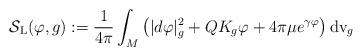
LaTeX: \begin{align*}\mathcal{S}_{\rm L}( \varphi,g):=\frac{1}{4\pi}\int_M \big(|d\varphi|^2_g+QK_g\varphi +4\pi \mu e^{\gamma\varphi}\big)\, {\rm dv}_g\end{align*}